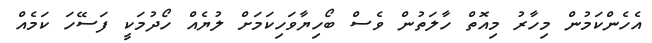
އެހެންކަމުން މިހާރު މިއޮތް ހާލަތުން ވެސް ބޯހިޔާވަހިކަމަށް ލުޔެއް ހޯދުމަކީ ފަސޭހަ ކަމެއް